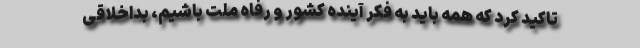
تاکید کرد که همه باید به فکر آینده کشور و رفاه ملت باشیم، بداخلاقی